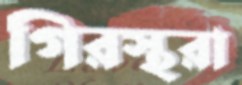
গিরস্থরা